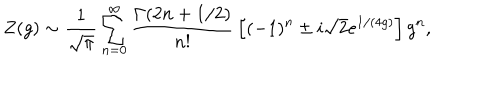
LaTeX: Z ( g ) \sim { \frac { 1 } { \sqrt { \pi } } } \sum _ { n = 0 } ^ { \infty } { \frac { \Gamma ( 2 n + 1 / 2 ) } { n ! } } \left[ ( - 1 ) ^ { n } \pm i \sqrt { 2 } e ^ { 1 / ( 4 g ) } \right] g ^ { n } ,